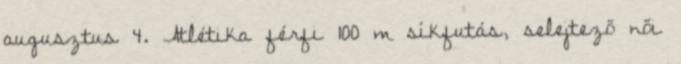
augusztus 4. Atlétika férfi 100 m síkfutás, selejtező női